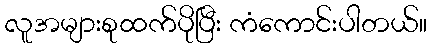
လူအများစုထက်ပိုပြီး ကံကောင်းပါတယ်။